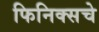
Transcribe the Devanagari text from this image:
फिनिक्सचे